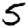
Digit: 5